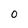
Character: O